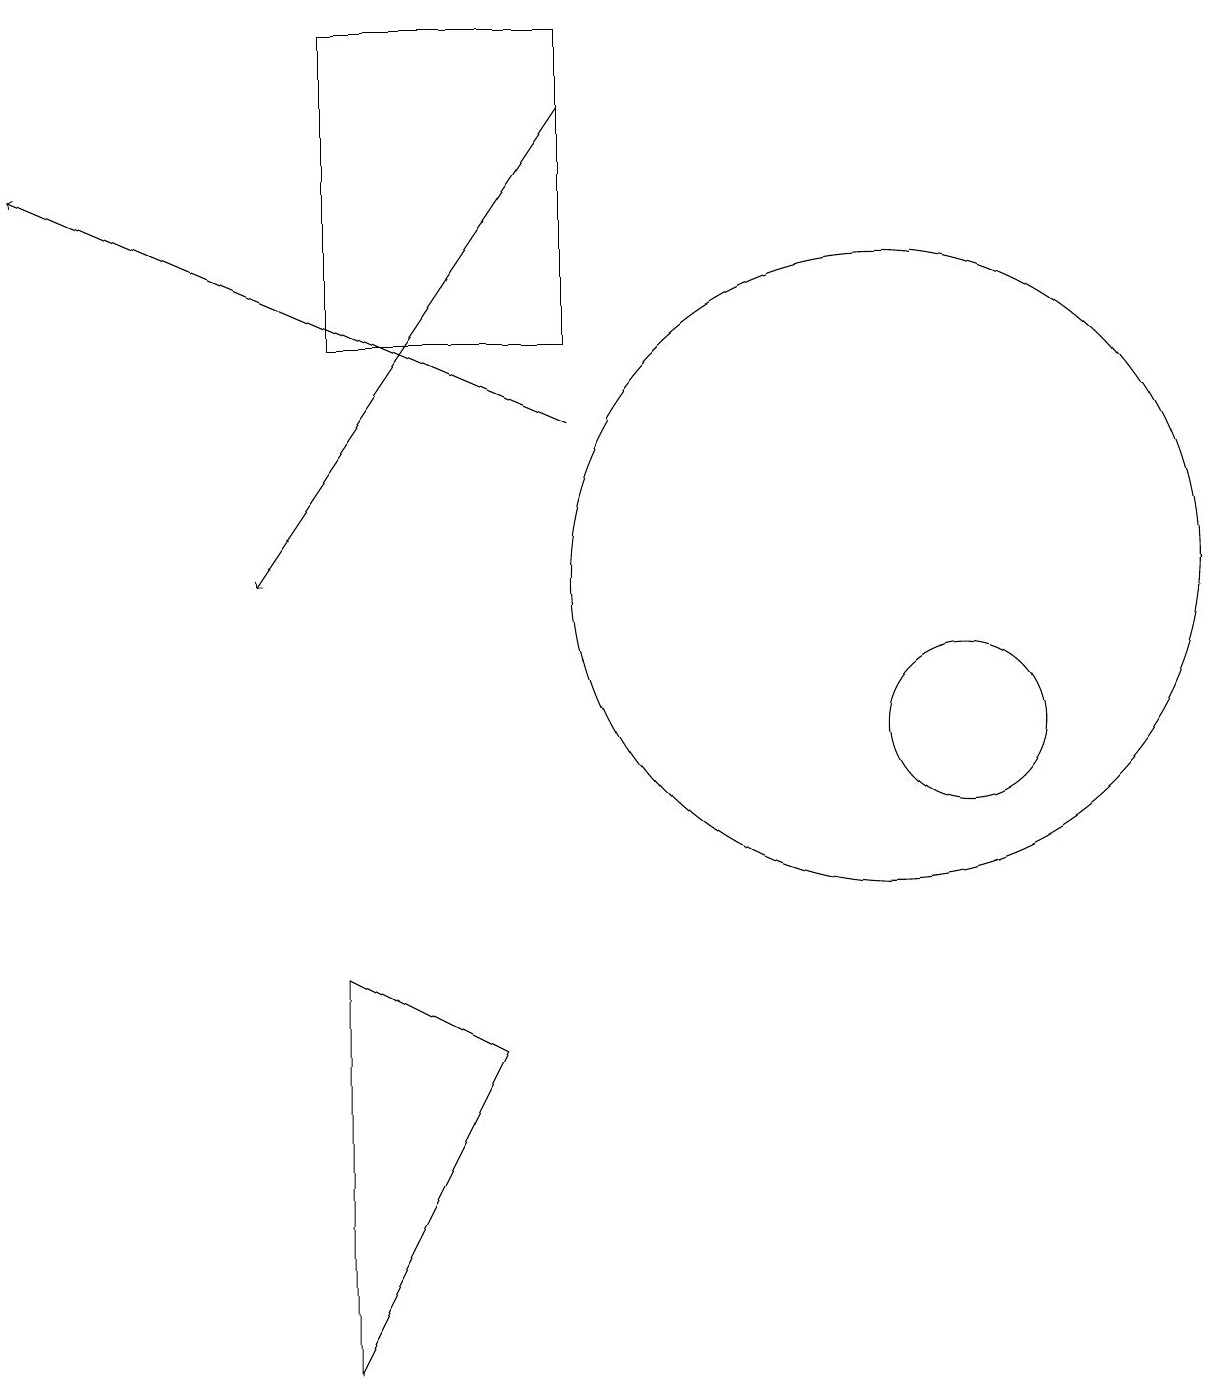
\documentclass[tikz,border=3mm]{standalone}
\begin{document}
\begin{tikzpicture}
\draw (11,12) circle (4);
\draw[->] (7,14) -- (0,17);
\draw (4,7) -- (6,6) -- (4,2) -- cycle;
\draw (10,12) circle (0);
\draw[->] (7,18) -- (3,12);
\draw (7,15) rectangle (4,19);
\draw (12,10) circle (1);
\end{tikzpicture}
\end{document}